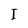
Character: I